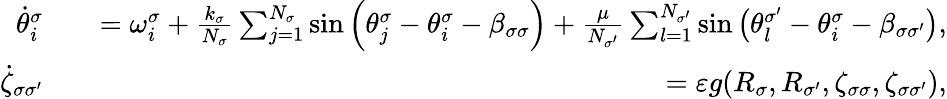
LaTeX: \begin{array}{rlr}{\dot{\theta}_{i}^{\sigma}}&{}&{=\omega_{i}^{\sigma}+\frac{k_{\sigma}}{N_{\sigma}}\sum_{j=1}^{N_{\sigma}}\sin{\left(\theta_{j}^{\sigma}-\theta_{i}^{\sigma}-\beta_{\sigma\sigma}\right)}+\frac{\mu}{N_{\sigma^{\prime}}}\sum_{l=1}^{N_{\sigma^{\prime}}}\sin{\left(\theta_{l}^{\sigma^{\prime}}-\theta_{i}^{\sigma}-\beta_{\sigma\sigma^{\prime}}\right)},}\\ {\dot{\zeta}_{\sigma\sigma^{\prime}}}&{}&{=\varepsilon g(R_{\sigma},R_{\sigma^{\prime}},\zeta_{\sigma\sigma},\zeta_{\sigma\sigma^{\prime}}),}\end{array}